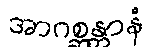
အာဂစ္ဆန္တာနံ